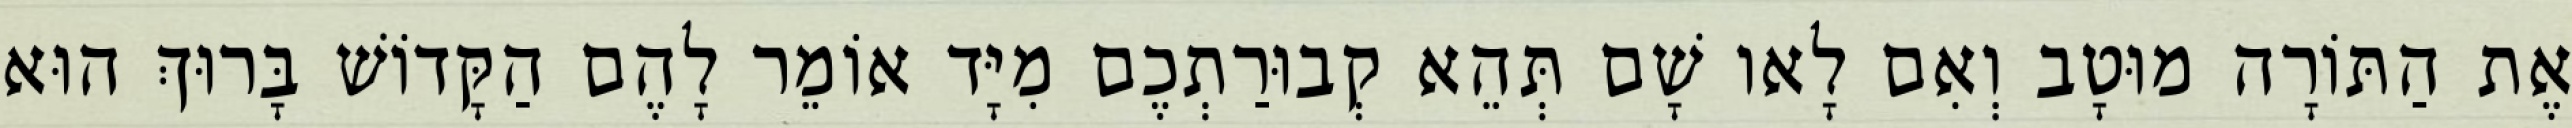
אֶת הַתּוֹרָה מוּטָב וְאִם לָאו שָׁם תְּהֵא קְבוּרַתְכֶם מִיָּד אוֹמֵר לָהֶם הַקָּדוֹשׁ בָּרוּךְ הוּא